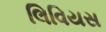
લિવિયસ